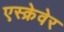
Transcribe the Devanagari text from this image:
एस्क्रेवेर